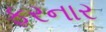
ફરનાર